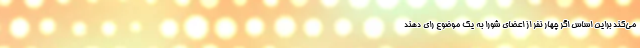
می‌کند براین اساس اگر چهار نفر از اعضای شورا به یک موضوع رای دهند